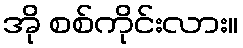
အို စစ်ကိုင်းလား။